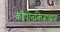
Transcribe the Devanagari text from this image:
कौषीतकिब्राह्मण